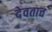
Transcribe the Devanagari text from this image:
देवताच